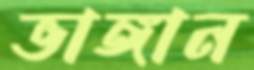
ভাঙ্গান